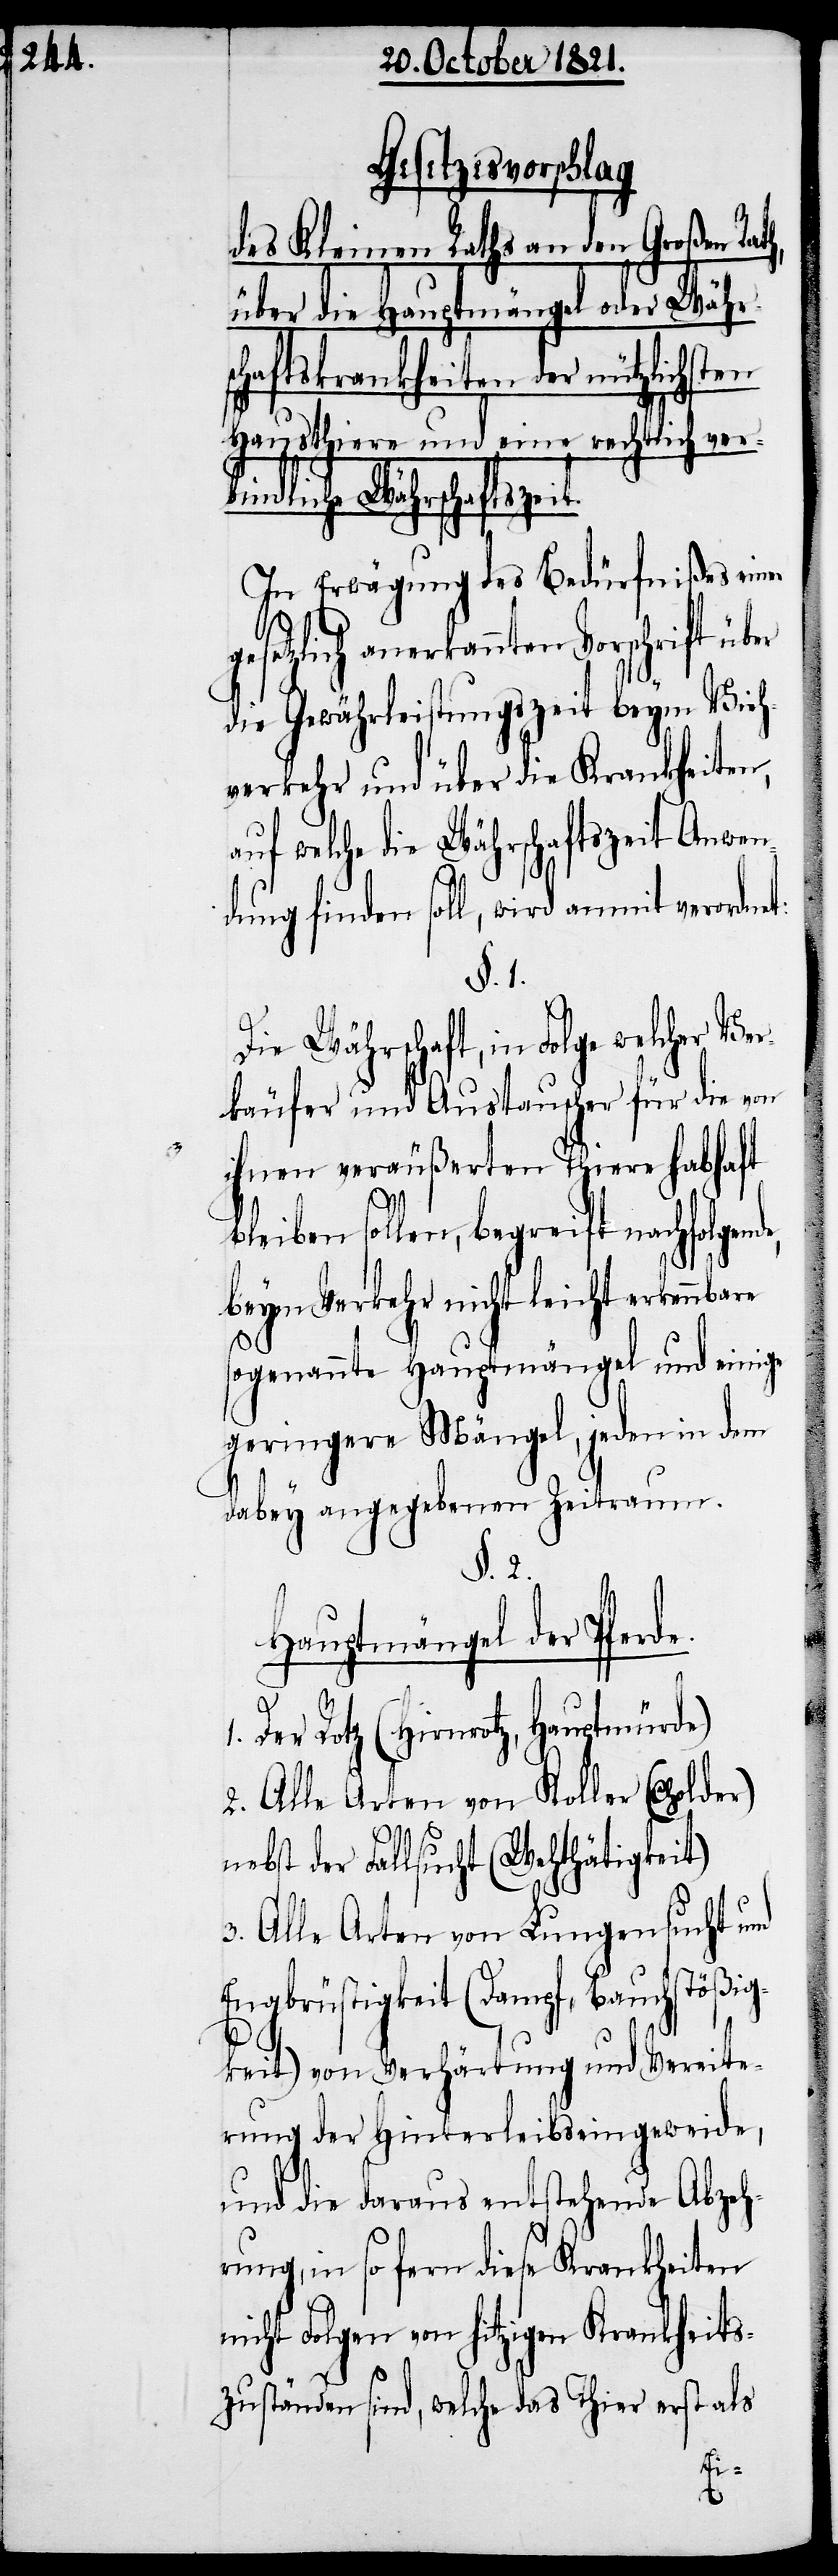
Gesetzesvorschlag
des Kleinen Raths an den Großen Rat¬
über die Hauptmängel oder Währ¬
schaftskrankheiten der nützlichst¬
Hausthiere und eine rechtlich verb¬
indliche Währschaftszei¬
In Erwägung des Bedürfnißes einer
setzlich anerkannten Vorschrift
die Gewährleistungszeit bey Vieh¬
verkehr und über die Krankheiten,
auf welche die Währschaftszeit Anwen¬
dung finden soll, wird anmit verordnet:
§. 1.
Die Währschaft, in Folge welcher
käufer und Austauscher für die von
ihnen veräußerten Thiere habhaft
bleiben sollen, begreift nachfolgen¬
beym Verkehr nicht leicht erkennbare
sogenannte Hauptmängel und einige
geringere Mängel, jeden in dem
dabey angegebenen Zeitraum.
§. 2.
Hauptmängel der Pfer¬
Der Rotz (Hirnrotz, Hauptmürde)
2. Alle Arten von Koller (Cholder)
der Fallsucht (Wehthätigkeit)
3. Alle Arten von Lungensucht und
Engbrüstigkeit (Dampf, Bauchstößig¬
keit) von Verhärtung und Vereite¬
rung der Hinterleibseingeweide,
1.
und die daraus entstehende Abzeh¬
rung, in so fern diese Krankheiten
nicht Folgen von hitzigen Krankeits¬
zuständen sind, welche das Thier erst als
Ver¬